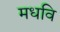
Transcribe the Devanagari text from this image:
मधवि